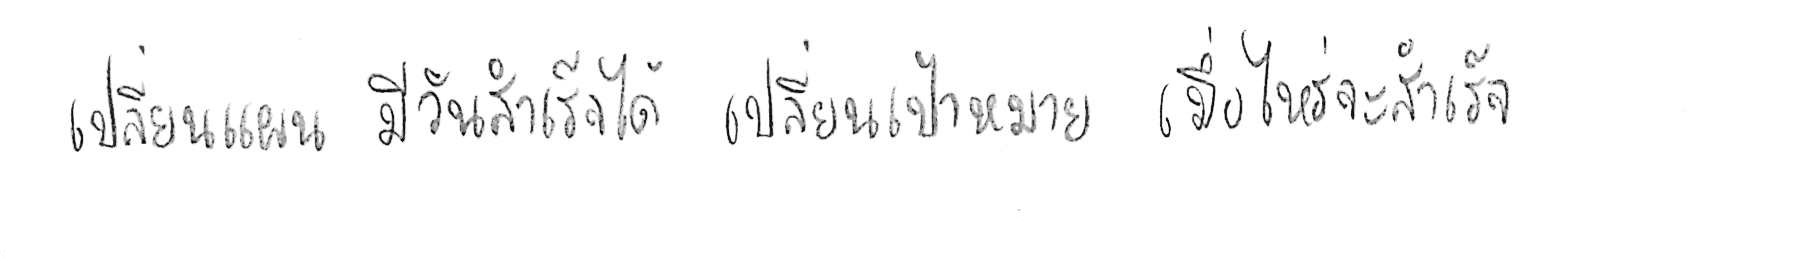
เปลี่ยนแผน มีวันสำเร็จได้ เปลี่ยนเป้าหมาย เมื่อไหร่จะสำเร็จ